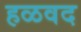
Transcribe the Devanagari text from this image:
हळवद